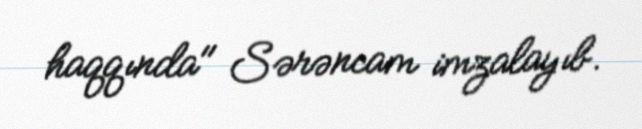
haqqında" Sərəncam imzalayıb.